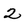
Character: 2